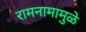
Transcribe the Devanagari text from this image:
रामनामामुळे